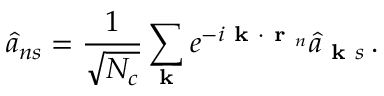
\hat { a } _ { n s } = \frac { 1 } { \sqrt { N _ { c } } } \sum _ { \textbf { k } } e ^ { - i \textbf { k } \cdot \textbf { r } _ { n } } \hat { a } _ { \textbf { k } s } \, .